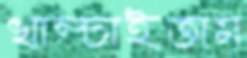
খাম্‌চাইতাম